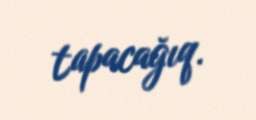
tapacağıq.